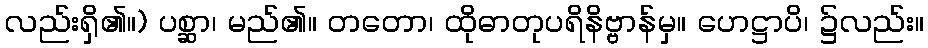
လည်းရှိ၏။) ပစ္ဆာ၊ မည်၏။ တတော၊ ထိုဓာတုပရိနိဗ္ဗာန်မှ။ ဟေဋ္ဌာပိ၊ ၌လည်း။